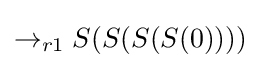
\rightarrow _{r1}S(S(S(S(0))))